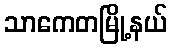
သာကေတမြို့နယ်